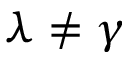
\lambda \ne \gamma